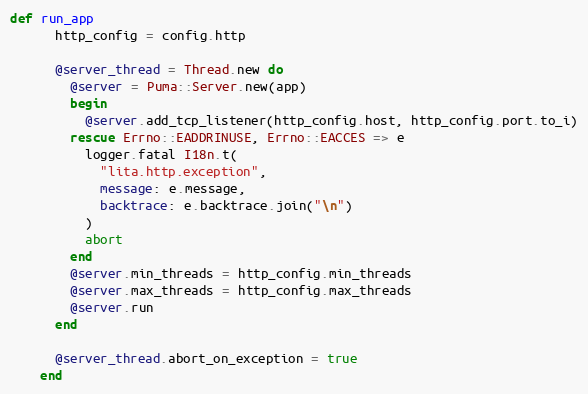
Language: Ruby
def run_app
      http_config = config.http

      @server_thread = Thread.new do
        @server = Puma::Server.new(app)
        begin
          @server.add_tcp_listener(http_config.host, http_config.port.to_i)
        rescue Errno::EADDRINUSE, Errno::EACCES => e
          logger.fatal I18n.t(
            "lita.http.exception",
            message: e.message,
            backtrace: e.backtrace.join("\n")
          )
          abort
        end
        @server.min_threads = http_config.min_threads
        @server.max_threads = http_config.max_threads
        @server.run
      end

      @server_thread.abort_on_exception = true
    end